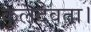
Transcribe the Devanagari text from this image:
कुलदेवता।